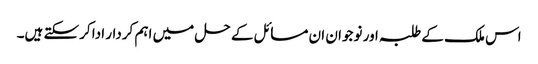
اس ملک کے طلبہ اور نوجوان ان مسائل کے حل میں اہم کردار ادا کرسکتے ہیں۔